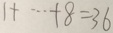
1 + \cdots + 8 = 3 6